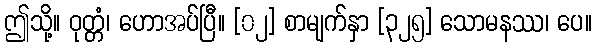
ဤသို့။ ဝုတ္တံ၊ ဟောအပ်ပြီ။ [၀၂] စာမျက်နှာ [၃၂၅] သောမနဿ၊ ပေ။